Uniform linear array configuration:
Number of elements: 64
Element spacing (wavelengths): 1
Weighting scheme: blackman
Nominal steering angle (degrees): -15
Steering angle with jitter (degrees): -15.883
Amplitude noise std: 0.05
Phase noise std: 0.05

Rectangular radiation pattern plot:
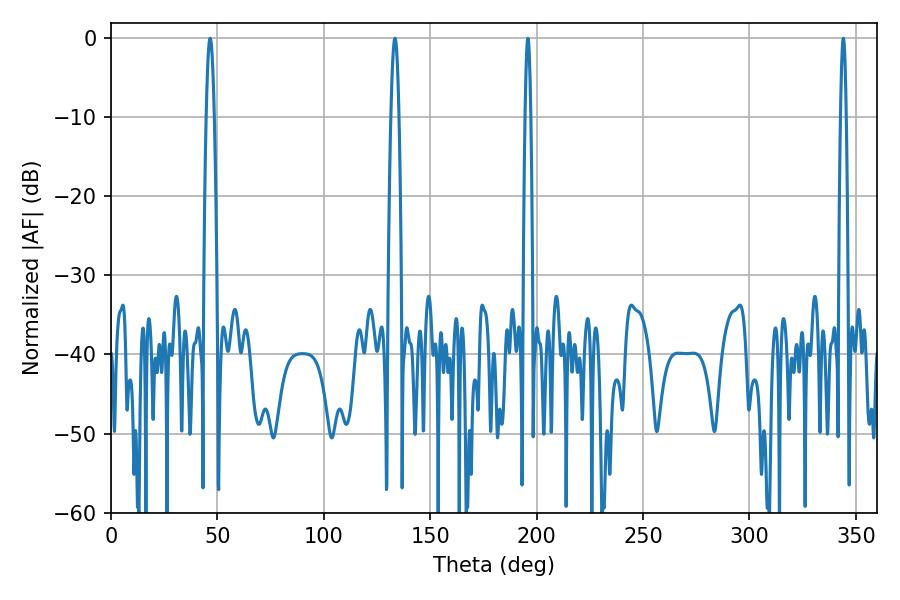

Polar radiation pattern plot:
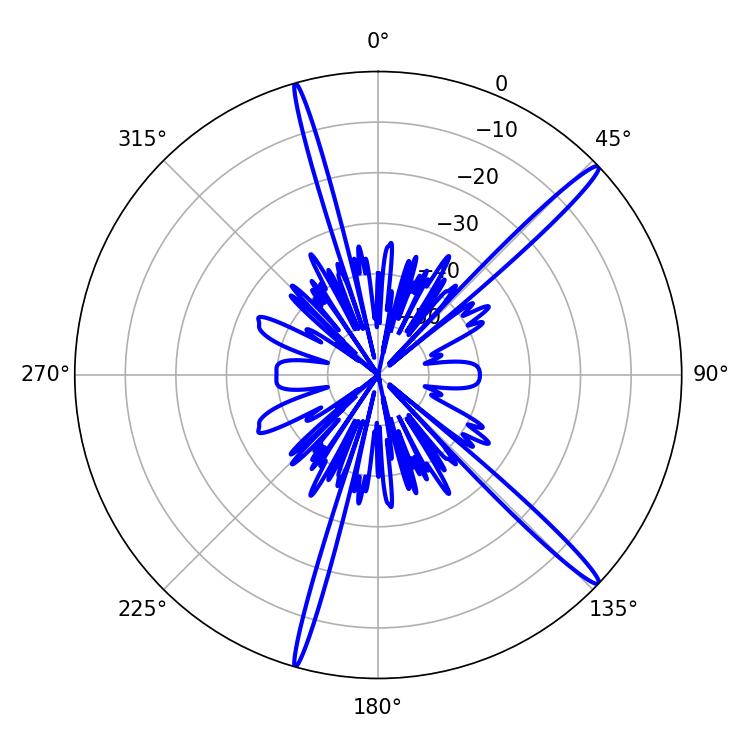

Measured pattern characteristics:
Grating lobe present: TRUE
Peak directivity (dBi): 16.747
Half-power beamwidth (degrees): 1.98
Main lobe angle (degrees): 46.62